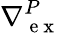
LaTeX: \nabla{}_{\mathrm{~e~x~}}^{P}